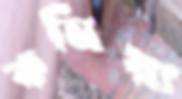
কর্নিয়া